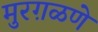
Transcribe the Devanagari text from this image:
मुरग़ळणे